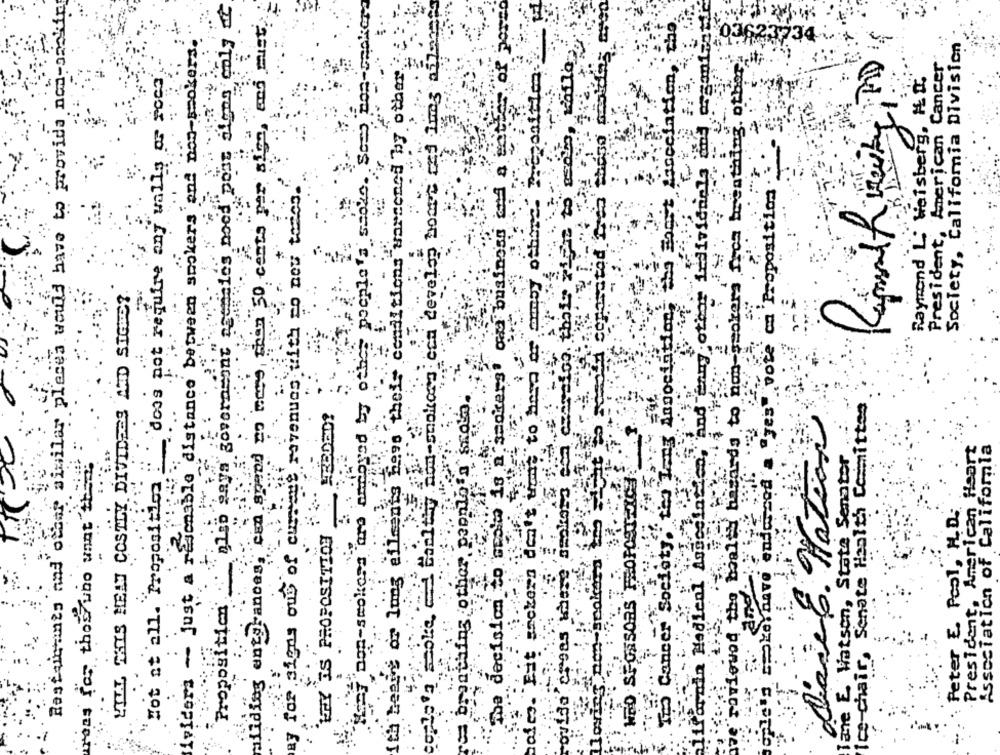
Proposition _ also says government agencies nood pout algos only at
aliding unegrances, can spend no more than 50 cents per sion, and mist
Restaurants and other similar places would have to provide non-dank
lol-bookos eca develop board est ing aflon
of por
iriders - just a reasonable distance between smokers and non-smokers.
Society, California Division
President, American Cancer:
"Not at all."Proposition " does not require any walls of roca
It's meant or long ailments bees their conditions unecened by other
non-smokers from breathing of!
Raymond L. Weisberg,
unterst ou business and a
es" vote on Proposition
Porcin Hadienl Asseeindica,"and "erny .other individuels
ay for signs out of current revenues with no now temos."
The Cancer Society, tes Lang Association, the Engst
to
people's 5
UTAL THIS HEAT COSTLY DIVIDEES AND SIGNE ?.
itmay non-smokers are annoyed by of
ros branching other people's scots.
ave reviewed the boalty hasards to
Ice-chair, Senate Health Committed
Dave E. Nation
President, American Heart
Association of California
ane E. Watson, State Senator
raus for those who want the
1s
corte a smoke e Cathy
Peter E. Pool, M.D.
Brokers deat
"The decision to see!
WHY IS PROPOSITION
provide areas where
lloving"non-spoker
and:
bofes. "Eit